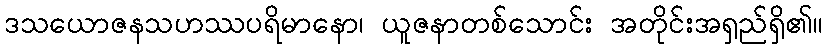
ဒသယောဇနသဟဿပရိမာနော၊ ယူဇနာတစ်သောင်း အတိုင်းအရှည်ရှိ၏။